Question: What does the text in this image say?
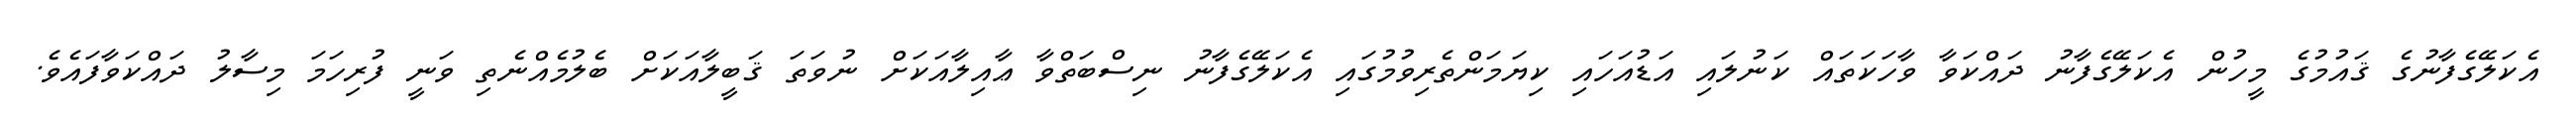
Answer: އެކަލޭގެފާނުގެ ޤައުމުގެ މީހުން އެކަލޭގެފާނު ދައްކަވާ ވާހަކަތައް ކަނުލައި އަޑުއަހައި ކިޔަމަންތެރިވުމުގައި އެކަލޭގެފާނު ނިސްބަތްވާ ޢާއިލާއަކަށް ނުވަތަ ޤަބީލާއަކަށް ބެލުމެއްނެތި ވަނީ ފުރިހަމަ މިސާލު ދައްކަވާފައެވެ.